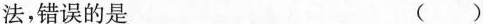
法，错误的是 ( )